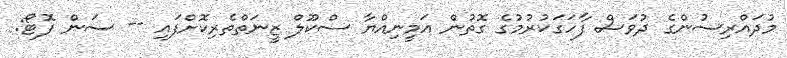
މުދައްރިސުންގެ ދުވަސް ފާހަގަކުރުމުގެ ގޮތުން އަމީނިއްޔާ ސްކޫލް ޒީނަތްތެރިކޮށްފައި -- ސަން ފޮޓޯ: